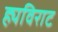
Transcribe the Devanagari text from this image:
ह्यविराट